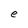
Character: e